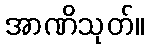
အာဏိသုတ်။